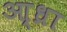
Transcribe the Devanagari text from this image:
आ्ध्रा